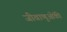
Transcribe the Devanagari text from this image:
जीवाणुओंकी